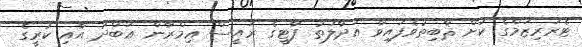
ޓެރަރިޒަމްގެ ކުށް ޘާބިތުވެފައިވާ އަދާލަތު ޕާޓީގެ ރައީސް ޢިމްރާން ޢަބްދު އާއި ކުރީގެ